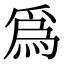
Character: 為